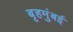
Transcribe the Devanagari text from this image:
बृहमुंबई